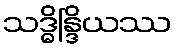
သဒ္ဓိန္ဒြိယဿ